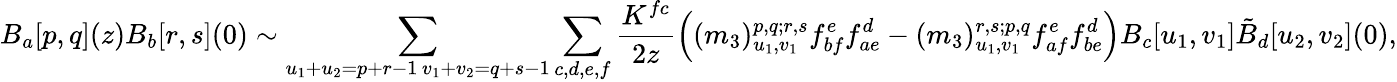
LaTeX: B_{a}[p,q](z)B_{b}[r,s](0)\sim\sum_{\substack{u_{1}+u_{2}=p+r-1\, v_{1}+v_{2}=q+s-1}}\sum_{c,d,e,f}\frac{K^{fc}}{2z}\left((m_{3})_{u_{1},v_{1}}^{p,q;r,s}f_{bf}^{e}f_{ae}^{d}-(m_{3})_{u_{1},v_{1}}^{r,s;p,q}f_{af}^{e}f_{be}^{d}\right)B_{c}[u_{1},v_{1}]\tilde{B}_{d}[u_{2},v_{2}](0),